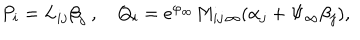
LaTeX: P _ { i } = L _ { i j } { \beta } _ { j } \ , Q _ { i } = e ^ { \varphi _ { \infty } } M _ { i j \, \infty } ( \alpha _ { j } + \Psi _ { \infty } \beta _ { j } ) ,